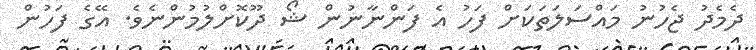
ދެމެދު ޖެހުނު މައްސަލަތަކަށް ފަހު އެ ފަންނާނުން ޝޯ ދޫކޮށްލުމުންނެވެ. އޭގެ ފަހުން